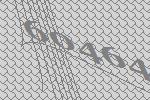
60464